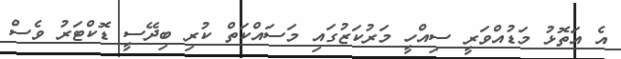
އެ އަތޮޅު މަޑުއްވަރީ ސިއްހީ މަރުކަޒުގައި މަސައްކަތް ކުރި ބިދޭސީ ޑޮކްޓަރު ވެސް